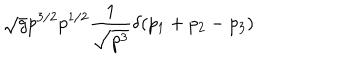
\sqrt { g } p ^ { 3 / 2 } p ^ { 1 / 2 } { \frac { 1 } { \sqrt { p ^ { 3 } } } } \delta ( p _ { 1 } + p _ { 2 } - p _ { 3 } )